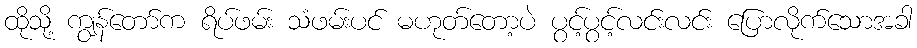
ထိုသို့ ကျွန်တော်က ရိပ်ဖမ်း သံဖမ်းပင် မဟုတ်တော့ပဲ ပွင့်ပွင့်လင်းလင်း ပြောလိုက်သောအခါ